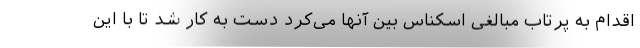
اقدام به پرتاب مبالغی اسکناس بین آنها می‌کرد دست به کار شد تا با این